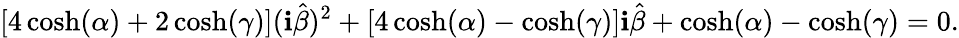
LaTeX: \left[4\cosh(\alpha)+2\cosh(\gamma)\right](\mathbf{i}\hat{{\beta}})^{2}+\left[4\cosh(\alpha)-\cosh(\gamma)\right]\mathbf{i}\hat{{\beta}}+\cosh(\alpha)-\cosh(\gamma)=0.